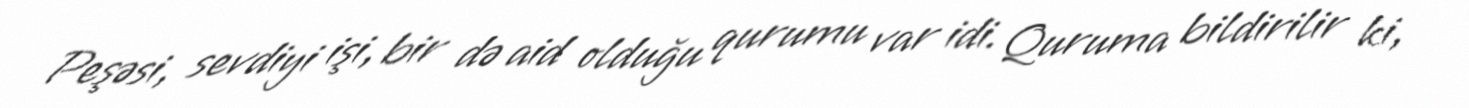
Peşəsi, sevdiyi işi, bir də aid olduğu qurumu var idi. Quruma bildirilir ki,